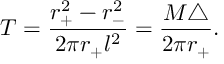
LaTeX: T = \frac { r _ { + } ^ { 2 } - r _ { - } ^ { 2 } } { 2 \pi r _ { + } l ^ { 2 } } = \frac { M \triangle } { 2 \pi r _ { + } } .